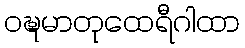
ဝဍ္ဎမာတုထေရီဂါထာ